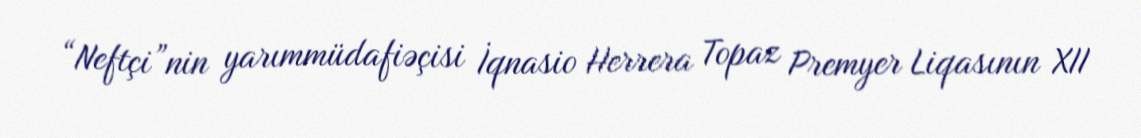
“Neftçi”nin yarımmüdafiəçisi İqnasio Herrera Topaz Premyer Liqasının XII